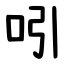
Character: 吲